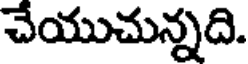
చేయుచున్నది.